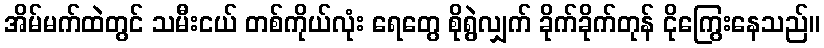
အိမ်မက်ထဲတွင် သမီးငယ် တစ်ကိုယ်လုံး ရေတွေ စိုရွဲလျှက် ခိုက်ခိုက်တုန် ငိုကြွေးနေသည်။